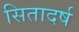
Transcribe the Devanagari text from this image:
सितादर्ष